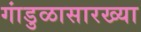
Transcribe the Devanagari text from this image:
गांडुळासारख्या